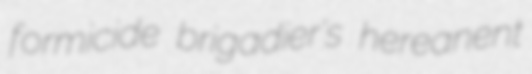
formicide brigadier's hereanent